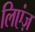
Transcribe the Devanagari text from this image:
लिएंज़